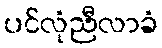
ပင်လုံညီလာခံ